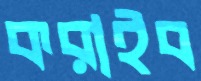
করাইব